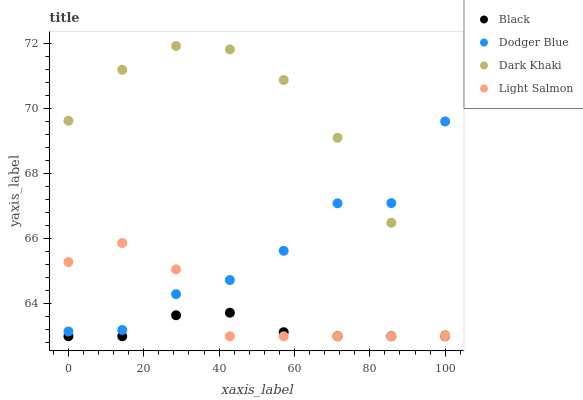
| xaxis_label | Black | Dodger Blue | Dark Khaki | Light Salmon |
 | --- | --- | --- | --- | --- |
 | 0 | 63 | 63.1 | 69.6 | 65.3 |
 | 14.3 | 63 | 63.2 | 71.2 | 65.9 |
 | 28.6 | 63.6 | 64.3 | 71.9 | 65.1 |
 | 42.9 | 63.7 | 64.7 | 71.8 | 63 |
 | 57.1 | 63.1 | 65.6 | 70.9 | 63 |
 | 71.4 | 63 | 67.1 | 69.1 | 63 |
 | 85.7 | 63 | 67.1 | 66.5 | 63 |
 | 100 | 63 | 69.6 | 63 | 63 |